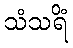
သံသရိံ